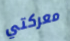
معركتي